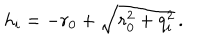
h _ { i } = - r _ { 0 } + \sqrt { r _ { 0 } ^ { 2 } + q _ { i } ^ { 2 } } \, .